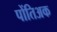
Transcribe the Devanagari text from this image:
पोंतिअक